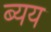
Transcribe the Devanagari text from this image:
ब्यय